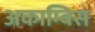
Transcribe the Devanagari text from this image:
अकाम्बिस